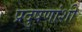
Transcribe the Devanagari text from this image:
प्रदुषणांशी